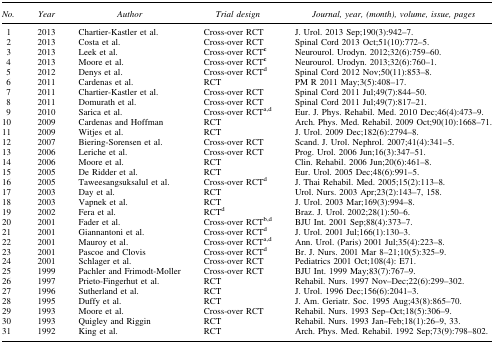
<table><thead><tr><td><b><i>No.</i></b></td><td><b><i>Year</i></b></td><td><b><i>Author</i></b></td><td><b><i>Trial design</i></b></td><td><b><i>Journal, year, (month), volume, issue, pages</i></b></td></tr></thead><tbody><tr><td>1</td><td>2013</td><td>Chartier-Kastler et al.</td><td>Cross-over RCT</td><td>J. Urol. 2013 Sep;190(3):942–7.</td></tr><tr><td>2</td><td>2013</td><td>Costa et al.</td><td>Cross-over RCT</td><td>Spinal Cord 2013 Oct;51(10):772–5.</td></tr><tr><td>3</td><td>2013</td><td>Leek et al.</td><td>Cross-over RCT<sup><b>c</b></sup></td><td>Neurourol. Urodyn. 2012;32(6):759–60.</td></tr><tr><td>4</td><td>2013</td><td>Moore et al.</td><td>Cross-over RCT<sup><b>c</b></sup></td><td>Neurourol. Urodyn. 2013;32(6):760–1.</td></tr><tr><td>5</td><td>2012</td><td>Denys et al.</td><td>Cross-over RCT<sup>d</sup></td><td>Spinal Cord 2012 Nov;50(11):853–8.</td></tr><tr><td>6</td><td>2011</td><td>Cardenas et al.</td><td>RCT</td><td>PM R 2011 May;3(5):408–17.</td></tr><tr><td>7</td><td>2011</td><td>Chartier-Kastler et al.</td><td>Cross-over RCT</td><td>Spinal Cord 2011 Jul;49(7):844–50.</td></tr><tr><td>8</td><td>2011</td><td>Domurath et al.</td><td>Cross-over RCT</td><td>Spinal Cord 2011 Jul;49(7):817–21.</td></tr><tr><td>9</td><td>2010</td><td>Sarica et al.</td><td>Cross-over RCT<sup>a,d</sup></td><td>Eur. J. Phys. Rehabil. Med. 2010 Dec;46(4):473–9.</td></tr><tr><td>10</td><td>2009</td><td>Cardenas and Hoffman</td><td>RCT</td><td>Arch. Phys. Med. Rehabil. 2009 Oct;90(10):1668–71.</td></tr><tr><td>11</td><td>2009</td><td>Witjes et al.</td><td>RCT</td><td>J. Urol. 2009 Dec;182(6):2794–8.</td></tr><tr><td>12</td><td>2007</td><td>Biering-Sorensen et al.</td><td>Cross-over RCT</td><td>Scand. J. Urol. Nephrol. 2007;41(4):341–5.</td></tr><tr><td>13</td><td>2006</td><td>Leriche et al.</td><td>Cross-over RCT</td><td>Prog. Urol. 2006 Jun;16(3):347–51.</td></tr><tr><td>14</td><td>2006</td><td>Moore et al.</td><td>RCT</td><td>Clin. Rehabil. 2006 Jun;20(6):461–8.</td></tr><tr><td>15</td><td>2005</td><td>De Ridder et al.</td><td>RCT</td><td>Eur. Urol. 2005 Dec;48(6):991–5.</td></tr><tr><td>16</td><td>2005</td><td>Taweesangsuksalul et al.</td><td>Cross-over RCT<sup>d</sup></td><td>J. Thai Rehabil. Med. 2005;15(2):113–8.</td></tr><tr><td>17</td><td>2003</td><td>Day et al.</td><td>RCT</td><td>Urol. Nurs. 2003 Apr;23(2):143–7, 158.</td></tr><tr><td>18</td><td>2003</td><td>Vapnek et al.</td><td>RCT</td><td>J. Urol. 2003 Mar;169(3):994–8.</td></tr><tr><td>19</td><td>2002</td><td>Fera et al.</td><td>RCT<sup>d</sup></td><td>Braz. J. Urol. 2002;28(1):50–6.</td></tr><tr><td>20</td><td>2001</td><td>Fader et al.</td><td>Cross-over RCT<sup>b,d</sup></td><td>BJU Int. 2001 Sep;88(4):373–7.</td></tr><tr><td>21</td><td>2001</td><td>Giannantoni et al.</td><td>Cross-over RCT<sup>d</sup></td><td>J. Urol. 2001 Jul;166(1):130–3.</td></tr><tr><td>22</td><td>2001</td><td>Mauroy et al.</td><td>Cross-over RCT<sup>a,d</sup></td><td>Ann. Urol. (Paris) 2001 Jul;35(4):223–8.</td></tr><tr><td>23</td><td>2001</td><td>Pascoe and Clovis</td><td>Cross-over RCT<sup>d</sup></td><td>Br. J. Nurs. 2001 Mar 8–21;10(5):325–9.</td></tr><tr><td>24</td><td>2001</td><td>Schlager et al.</td><td>Cross-over RCT</td><td>Pediatrics 2001 Oct;108(4): E71.</td></tr><tr><td>25</td><td>1999</td><td>Pachler and Frimodt-Moller</td><td>Cross-over RCT</td><td>BJU Int. 1999 May;83(7):767–9.</td></tr><tr><td>26</td><td>1997</td><td>Prieto-Fingerhut et al.</td><td>RCT</td><td>Rehabil. Nurs. 1997 Nov–Dec;22(6):299–302.</td></tr><tr><td>27</td><td>1996</td><td>Sutherland et al.</td><td>RCT</td><td>J. Urol. 1996 Dec;156(6):2041–3.</td></tr><tr><td>28</td><td>1995</td><td>Duffy et al.</td><td>RCT</td><td>J. Am. Geriatr. Soc. 1995 Aug;43(8):865–70.</td></tr><tr><td>29</td><td>1993</td><td>Moore et al.</td><td>Cross-over RCT</td><td>Rehabil. Nurs. 1993 Sep–Oct;18(5):306–9.</td></tr><tr><td>30</td><td>1993</td><td>Quigley and Riggin</td><td>RCT</td><td>Rehabil. Nurs. 1993 Jan–Feb;18(1):26–9, 33.</td></tr><tr><td>31</td><td>1992</td><td>King et al.</td><td>RCT</td><td>Arch. Phys. Med. Rehabil. 1992 Sep;73(9):798–802.</td></tr></tbody></table>